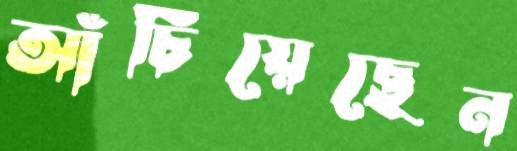
আঁচিয়েছেন